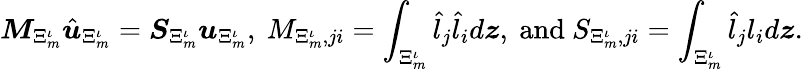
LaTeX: \boldsymbol{M}_{\Xi_{m}^{\iota}}\hat{\boldsymbol{u}}_{\Xi_{m}^{\iota}}=\boldsymbol{S}_{\Xi_{m}^{\iota}}\boldsymbol{u}_{\Xi_{m}^{\iota}},\ M_{\Xi_{m}^{\iota},ji}=\int_{\Xi_{m}^{\iota}}\hat{l}_{j}\hat{l}_{i}d\boldsymbol{z},\ \mathrm{and}\ S_{\Xi_{m}^{\iota},ji}=\int_{\Xi_{m}^{\iota}}\hat{l}_{j}l_{i}d\boldsymbol{z}.